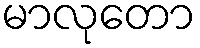
မာလုတော